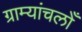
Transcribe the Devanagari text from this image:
ग्राम्यांचलोँ